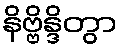
နိဗ္ဗိန္ဒိတွာ